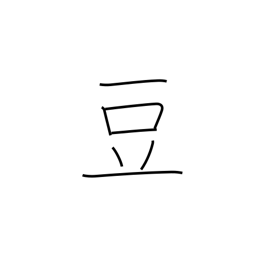
Meaning: midget